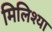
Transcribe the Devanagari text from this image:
मिलिश्या